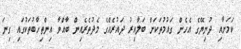
ކަމަށާއި ދުނިޔޭގެ އެހެން ގައުމުތަކަށް ބަލާއިރު ދައުރެއްގެ މެދުތެރެއިން ބާއްވާ އިންތިހާބުތަކުގައި ގިނަ